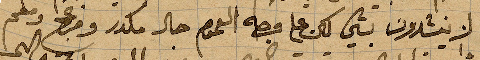
لا ينشدون بشيء لكن على فرحه العموم حال مكدر ومزعج ومفحم